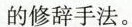
修辞手法。